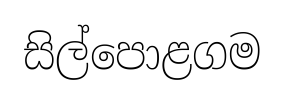
සිල්පොළගම